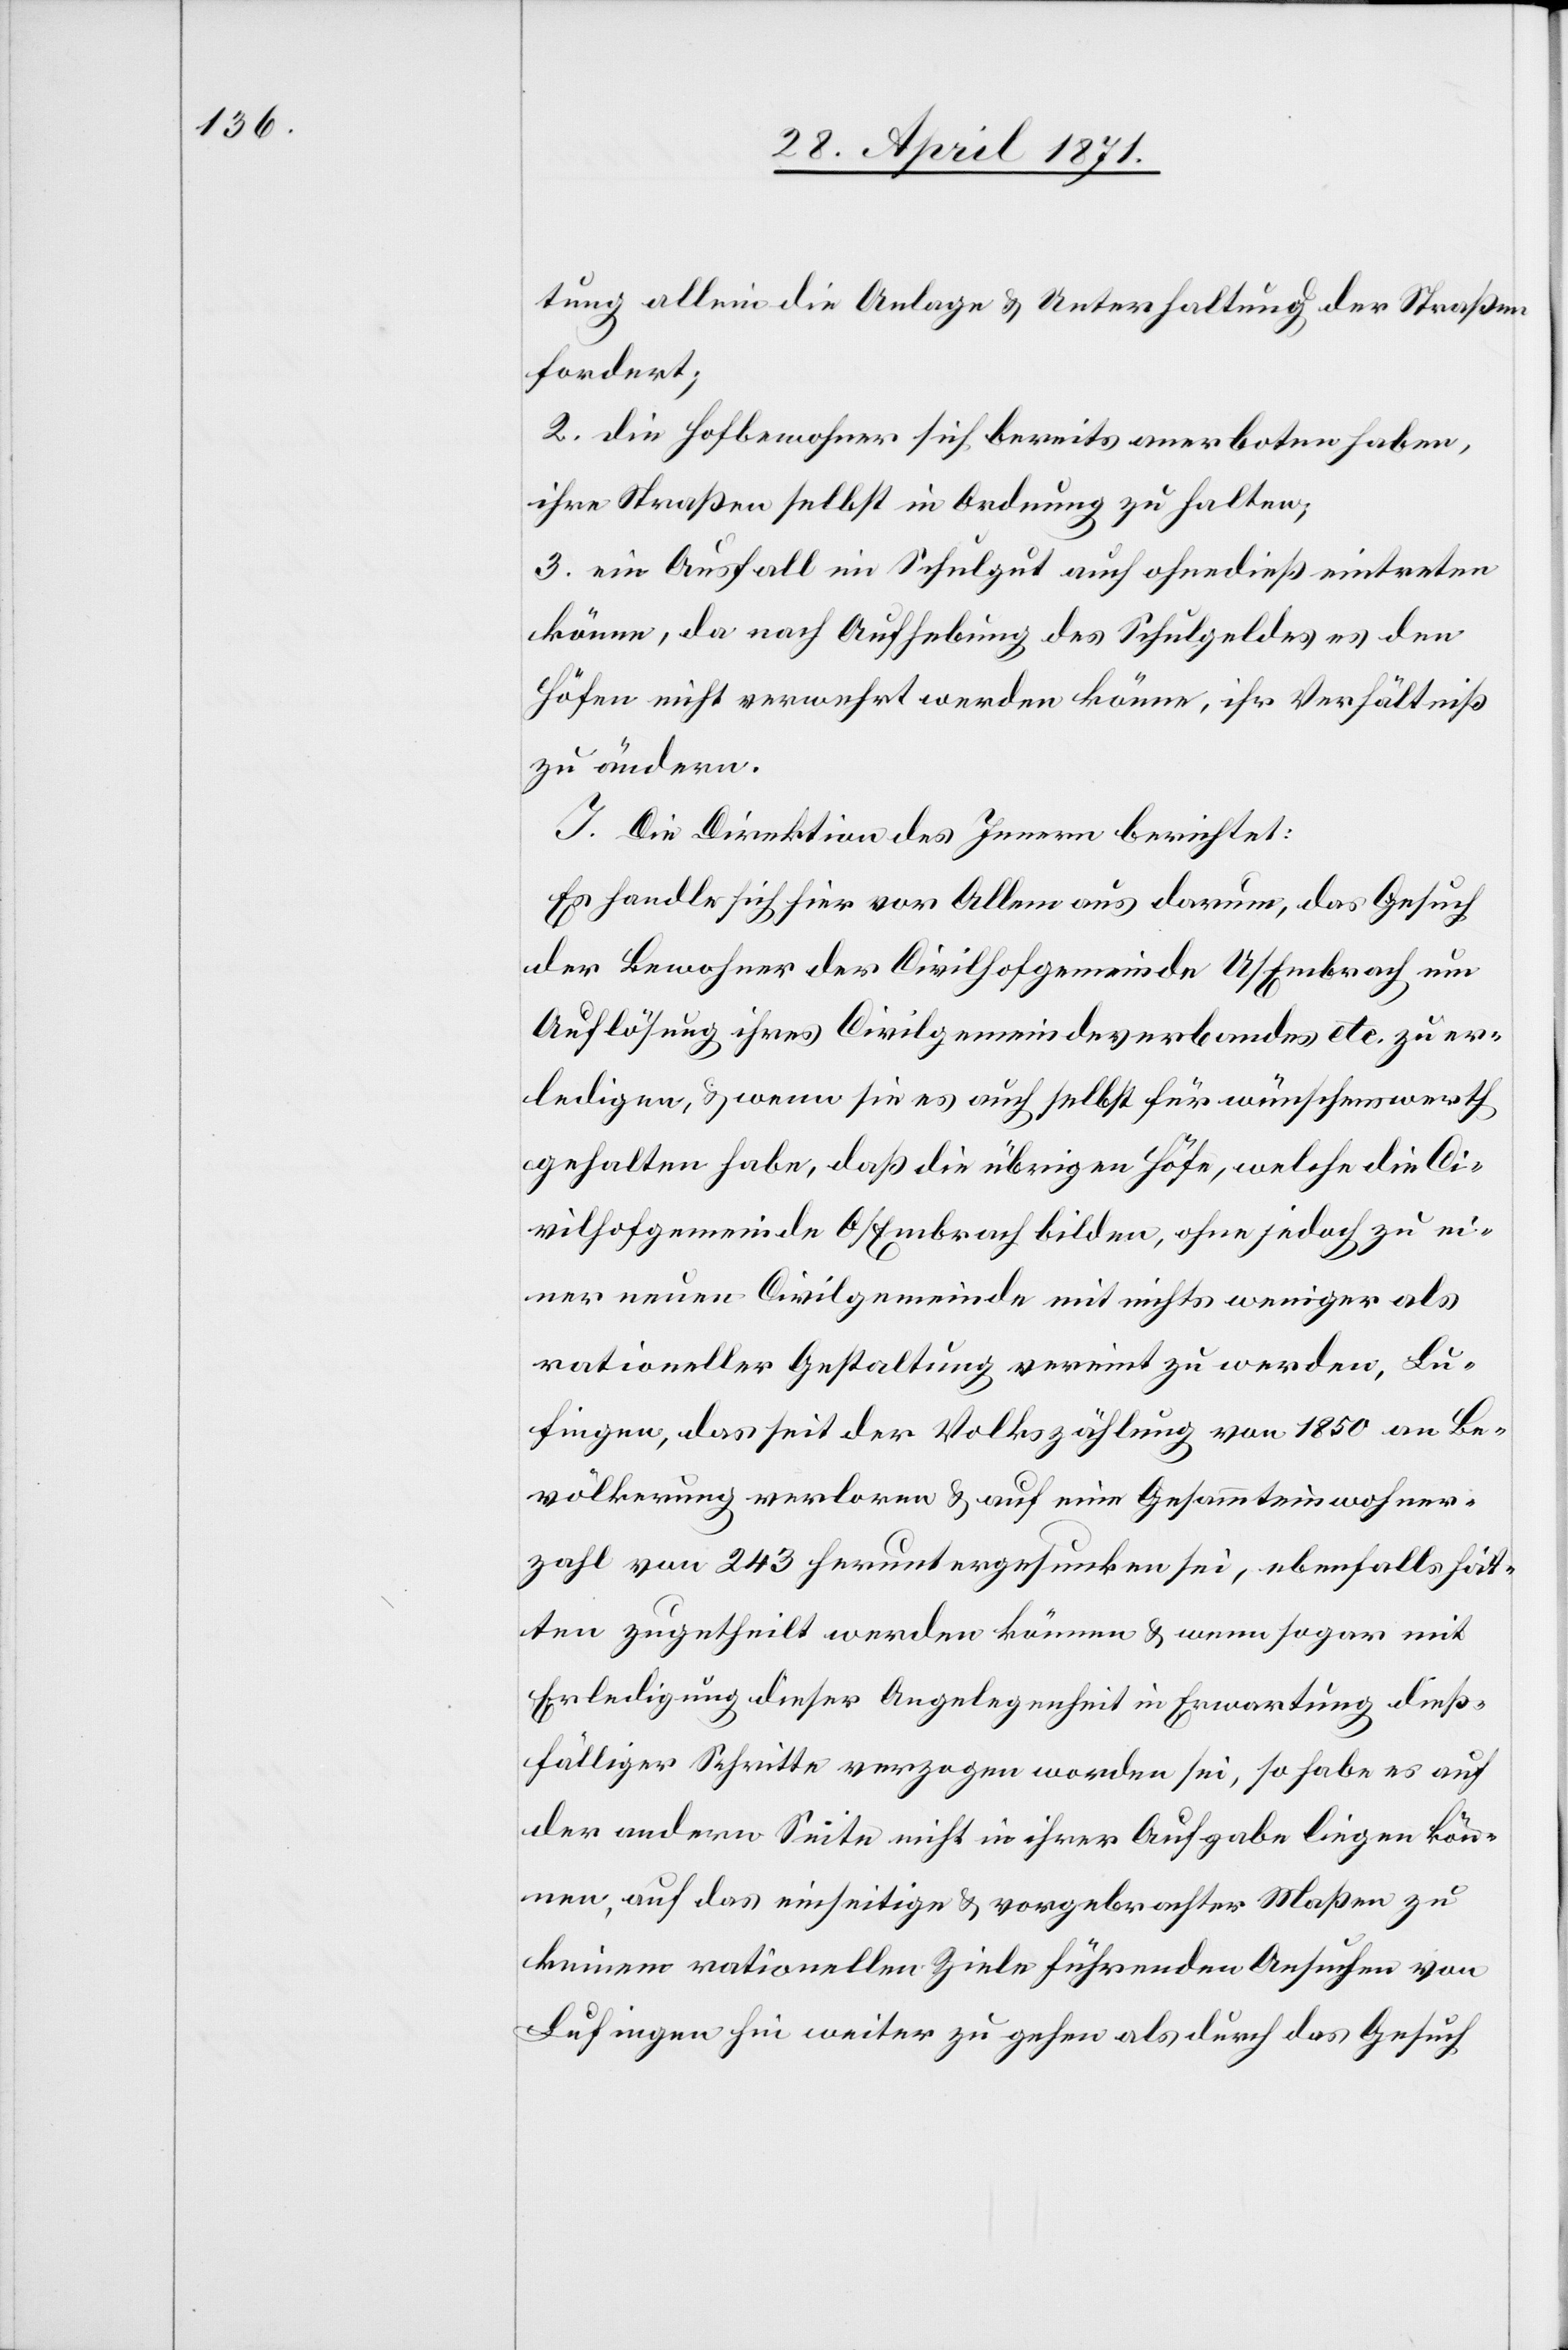
tung allein die Anlage u. Unterhaltung der Straßen
fordert;
2. die Hofbewohner sich bereits anerboten haben,
ihre Straßen selbst in Ordnung zu halten;
3. ein Ausfall im Schulgut auch ohnedieß eintreten
könne, da nach Aufhebung des Schulgeldes den
Höfen nicht verwehrt werden könne, ihr Verhältniß
zu ändern.
I. Die Direktion des Innern berichtet:
Es handle sich hier vor Allem aus darum, das Gesuch
der Bewohner der Civilhofgemeinde U/Embrach um
Auflösung ihres Civilgemeindeverbandes etc. zu er¬
ledigen, u. wenn sie es auch selbst für wünschenswerth
gehalten habe, daß die übrigen Höfe, welche die Ci¬
vilhofgemeinde O/Embrach bilden, ohne jedoch zu ei¬
ner neuen Civilgemeinde mit nichts weniger als
rationeller Gestaltung vereint zu werden, Lu¬
fingen, das seit der Volkszählung von 1850 an Be¬
völkerung verloren u. auf eine Gesammteinwohner¬
zahl von 243 heruntergesunken sei, ebenfalls hät¬
ten zugetheilt werden können u. wenn sogar mit
Erledigung dieser Angelegenheit in Erwartung dieß¬
fälliger Schritte verzogen worden sei, so habe es auf
der andern Seite nicht in ihrer Aufgabe liegen kön¬
nen, auf das einseitige u. vorgebrachter Maßen zu
keinem rationellen Ziele führenden Aufsuchen von
Lufingen hin weiter zu gehen als durch das Gesuch